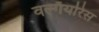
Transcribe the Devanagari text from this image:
वल्गॅयरिस